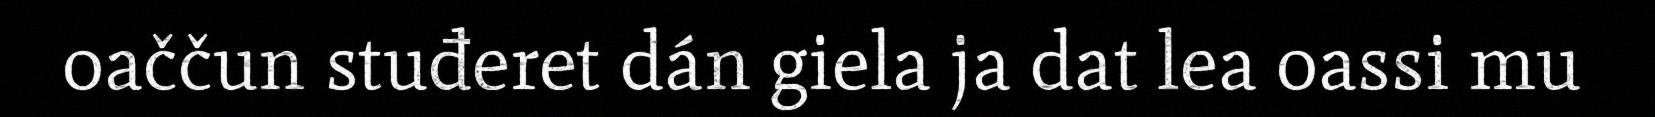
oaččun stuđeret dán giela ja dat lea oassi mu